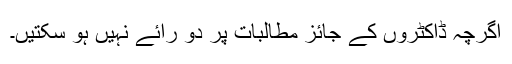
اگرچہ ڈاکٹروں کے جائز مطالبات پر دو رائے نہیں ہو سکتیں۔